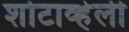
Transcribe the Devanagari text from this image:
शोटाव्हेली